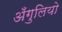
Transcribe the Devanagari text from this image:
अँगुलियो